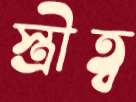
স্ত্রীত্ব